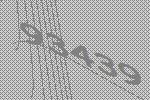
93439